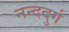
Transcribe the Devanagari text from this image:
नन्ददुर्ग